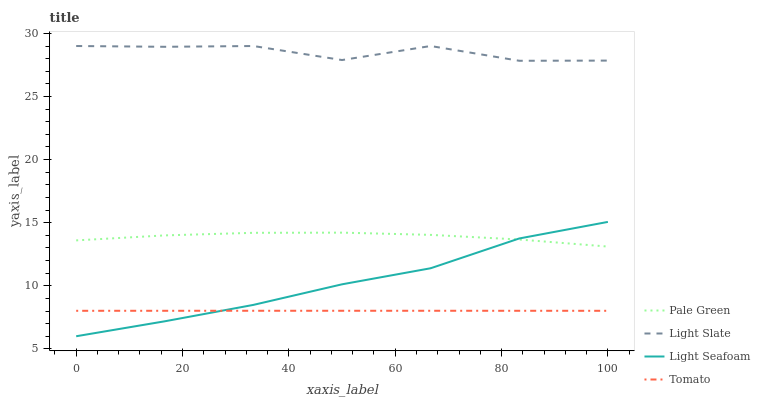
| xaxis_label | Pale Green | Light Slate | Light Seafoam | Tomato |
 | --- | --- | --- | --- | --- |
 | 0 | 13.6 | 29 | 6 | 8.02 |
 | 16.7 | 14 | 28.9 | 7.19 | 8.02 |
 | 33.3 | 14.2 | 29 | 8.49 | 8.02 |
 | 50 | 14.2 | 27.9 | 10.1 | 8.02 |
 | 66.7 | 14 | 29 | 11.4 | 8.02 |
 | 83.3 | 13.7 | 27.8 | 13.7 | 8.02 |
 | 100 | 13.1 | 27.8 | 15.1 | 8.02 |